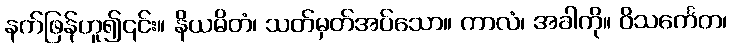
နက်ဖြန်ဟူ၍၎င်း။ နိယမိတံ၊ သတ်မှတ်အပ်သော။ ကာလံ၊ အခါကို။ ဝိသင်္ကေတ၊